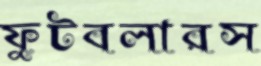
ফুটবলারস